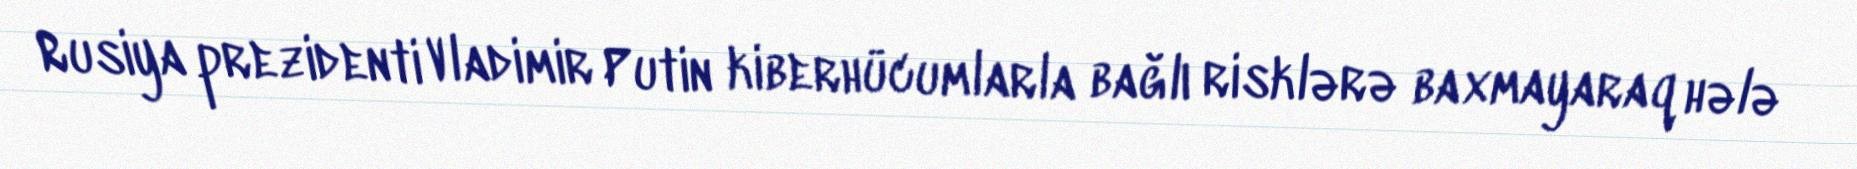
Rusiya prezidenti Vladimir Putin kiberhücumlarla bağlı risklərə baxmayaraq hələ